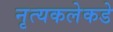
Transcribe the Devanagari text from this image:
नृत्यकलेकडे